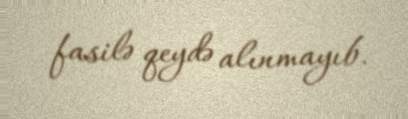
fasilə qeydə alınmayıb.